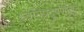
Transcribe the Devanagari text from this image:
ध्वनिप्रदूषणातून